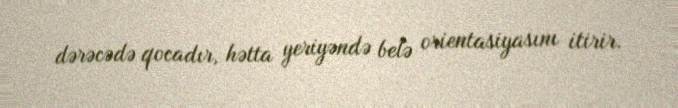
dərəcədə qocadır, hətta yeriyəndə belə orientasiyasını itirir.